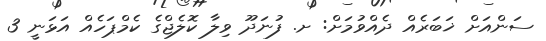
ސަންއަށް ޚަބަރެއް ދެއްވުމަށް: ށ. ފުނަދޫ ވިލާ ކޮލެޖްގެ ކެމްޕަހެއް އަޅަނީ 3